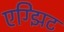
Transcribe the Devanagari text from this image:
एग्झिट